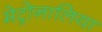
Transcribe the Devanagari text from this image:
मेट्रोनालिया